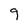
Character: 9